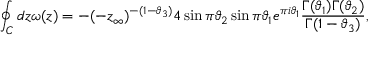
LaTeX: \oint _ { C } d z \omega ( z ) = - ( - z _ { \infty } ) ^ { - ( 1 - \vartheta _ { 3 } ) } 4 \sin \pi \vartheta _ { 2 } \sin \pi \vartheta _ { 1 } e ^ { \pi i \vartheta _ { 1 } } \frac { \Gamma ( \vartheta _ { 1 } ) \Gamma ( \vartheta _ { 2 } ) } { \Gamma ( 1 - \vartheta _ { 3 } ) } ,